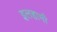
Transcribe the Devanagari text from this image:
इलहामी